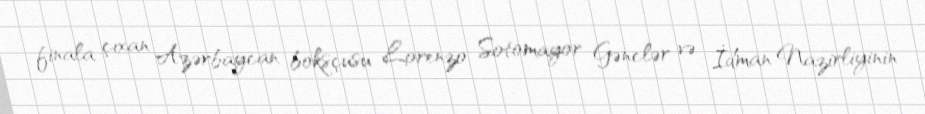
finala çıxan Azərbaycan boksçusu Lorenzo Sotomayor Gənclər və İdman Nazirliyinin